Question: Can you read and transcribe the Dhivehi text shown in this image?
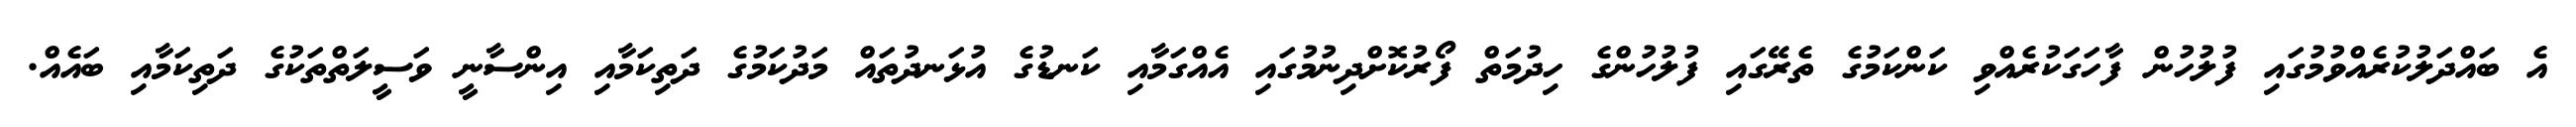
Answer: އެ ބައްދަލުކުރެއްވުމުގައި ފުލުހުން ފާހަގަކުރެއްވި ކަންކަމުގެ ތެރޭގައި ފުލުހުންގެ ހިދުމަތް ފޯރުކޮށްދިނުމުގައި އެއްގަމާއި ކަނޑުގެ އުޅަނދުތައް މަދުކަމުގެ ދަތިކަމާއި އިންސާނީ ވަސީލަތްތަކުގެ ދަތިކަމާއި ބައެއް.